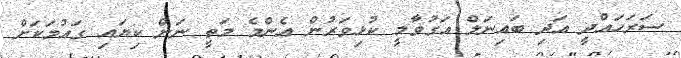
ސަރަހައްދީ އަދި ބައިނަލް އަގުވާމީ ކުޅިވަރުން އެންމެ މަތީ ނަން ކިޔައި ގައުމަކަށް